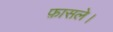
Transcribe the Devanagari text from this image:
फ़ासले।